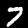
Digit: 7